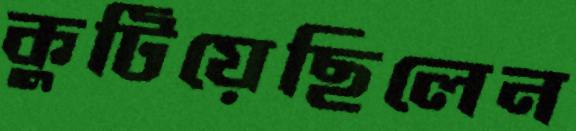
কুটিয়েছিলেন